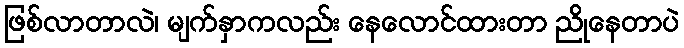
ဖြစ်လာတာလဲ၊ မျက်နှာကလည်း နေလောင်ထားတာ ညိုနေတာပဲ